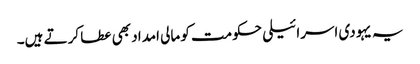
یہ یہودی اسرائیلی حکومت کو مالی امداد بھی عطا کرتے ہیں۔